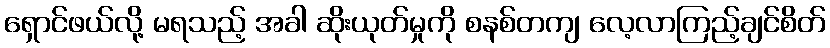
ရှောင်ဖယ်လို့ မရသည့် အခါ ဆိုးယုတ်မှုကို စနစ်တကျ လေ့လာကြည့်ချင်စိတ်